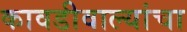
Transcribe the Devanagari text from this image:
कावडीवाल्यांचा